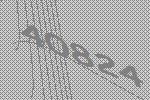
40824